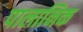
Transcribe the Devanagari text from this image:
पालानिक